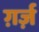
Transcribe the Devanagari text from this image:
ग़र्ज़